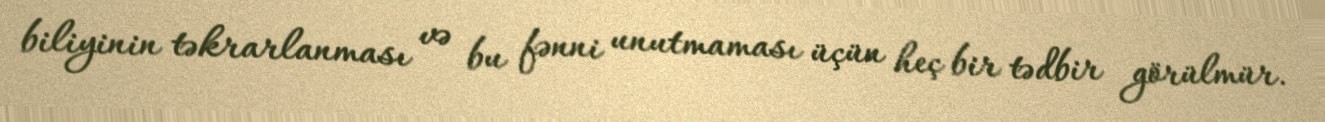
biliyinin təkrarlanması və bu fənni unutmaması üçün heç bir tədbir görülmür.